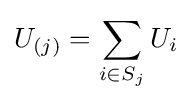
U_{(j)}=\sum _{i\in S_{j}}U_{i}